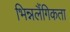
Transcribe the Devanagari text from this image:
भिन्नलैंगिकता